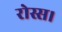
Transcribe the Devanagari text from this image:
रोस्स।